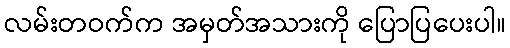
လမ်းတဝက်က အမှတ်အသားကို ပြောပြပေးပါ။